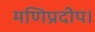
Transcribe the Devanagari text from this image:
मणिप्रदीप।